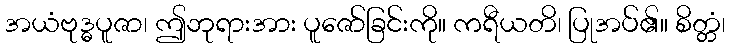
အယံဗုဒ္ဓပူဇာ၊ ဤဘုရားအား ပူဇော်ခြင်းကို။ ကရီယတိ၊ ပြုအပ်၏။ စိတ္တံ၊